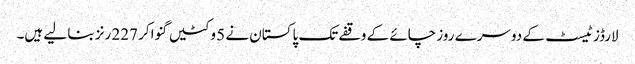
لارڈز ٹیسٹ کے دوسرے روز چائے کے وقفے تک پاکستان نے 5 وکٹیں گنوا کر 227 رنز بنا لیے ہیں۔